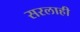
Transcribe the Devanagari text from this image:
सरलाही